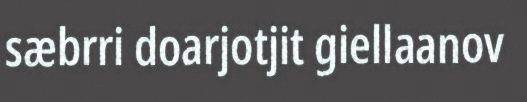
sæbrri doarjotjit giellaanov